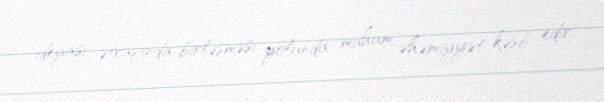
ideyası ətrafında birləşməsi yolunda mühüm əhəmiyyət kəsb edir.